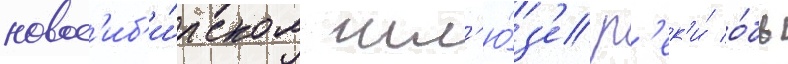
новос'иб'и́рском шл'ю́з'е р'ек'и́ о́бь